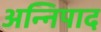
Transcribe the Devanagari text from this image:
अन्निपाद